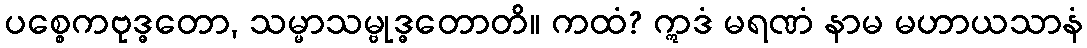
ပစ္စေကဗုဒ္ဓတော, သမ္မာသမ္ဗုဒ္ဓတောတိ။ ကထံ? ဣဒံ မရဏံ နာမ မဟာယသာနံ